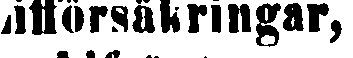
lifförsäkringar,